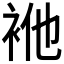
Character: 𮕴